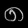
Digit: ၈